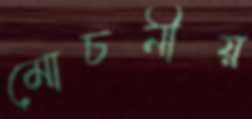
মোচনীয়